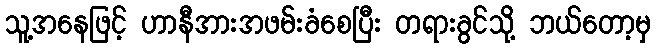
သူ့အနေဖြင့် ဟာနီအားအဖမ်းခံစေပြီး တရားခွင်သို့ ဘယ်တော့မှ